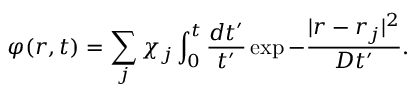
\varphi ( r , t ) = \sum _ { j } \chi _ { j } \int _ { 0 } ^ { t } \frac { d t ^ { \prime } } { t ^ { \prime } } \exp { - \frac { | r - r _ { j } | ^ { 2 } } { D t ^ { \prime } } } .